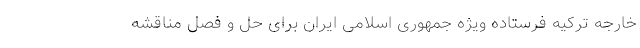
خارجه ترکیه فرستاده ویژه جمهوری اسلامی ایران برای حل و فصل مناقشه